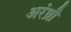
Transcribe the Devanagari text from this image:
अरंध्री